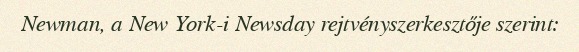
Newman, a New York-i Newsday rejtvényszerkesztője szerint: